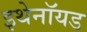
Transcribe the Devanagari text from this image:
इथेनॉयड